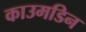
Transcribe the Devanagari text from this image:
काउमडिन